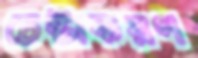
চেষ্টাকরণ